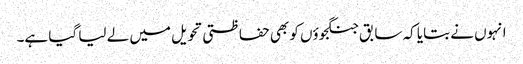
انہوں نے بتایا کہ سابق جنگجوؤں کو بھی حفاظتی تحویل میں لے لیا گیا ہے۔